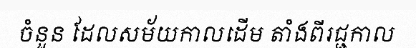
ចំនួន ដែលសម័យកាលដើម តាំងពីរជ្ជកាល